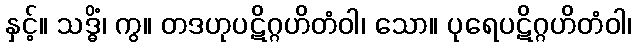
နှင့်။ သဒ္ဓိံ၊ ကွ။ တဒဟုပဋိဂ္ဂဟိတံဝါ၊ သော။ ပုရေပဋိဂ္ဂဟိတံဝါ၊